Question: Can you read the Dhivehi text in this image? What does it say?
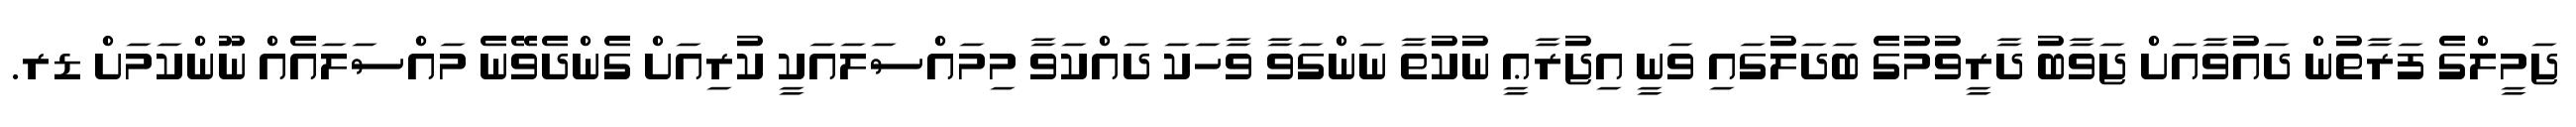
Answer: ޖަމީލްގެ ފަރާތުން ދައުވާއަށް ޖަވާބު ދާރީވުމުގެ ބަދަލުގައި ވަނީ އިޖުރާޢީ ނުކުތާ ނަންގަވާ ވާހަކަ ދައްކަވާ މިމައްސަލައަކީ ކުރިއަށް ގެންދެވޭނެ މައްސަލައެއް ނޫންކަމަށް ޑރ.